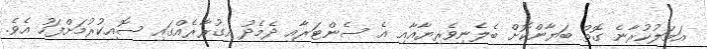
އަމަލުކުރާނެ ގޮތް ބަޔާންކޮށް ބެލެނިވެރިޔާއާއި އެ ސެންޓަރާއި ދެމެދު އިގުރާރެއްގައި ސޮއިކުރުމަށްފަހު އެވެ.